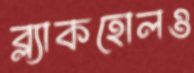
ব্ল্যাকহোলও